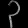
Digit: ၃